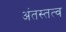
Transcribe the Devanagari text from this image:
अंतस्तत्व